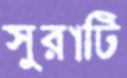
সুরাটি